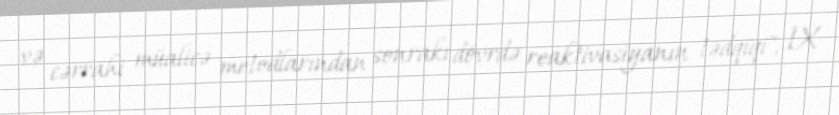
və cərrahi müalicə metodlarından sonrakı dövrdə reaktivasiyanın tədqiqi", IX